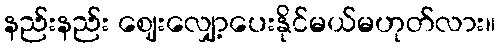
နည်းနည်း ဈေးလျှော့ပေးနိုင်မယ်မဟုတ်လား။